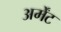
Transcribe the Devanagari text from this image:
अर्मेंट